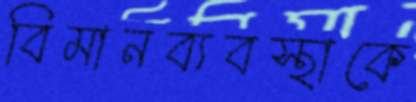
বিমানব্যবস্থাকে